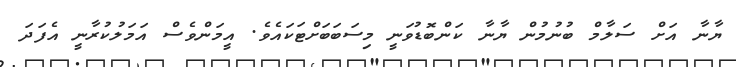
ޔާނާ އަށް ސަލާމް ބުނުމުން ޔާނާ ކަންބޮޑުވަނީ މިސަބަބަށްޓަކައެވެ. އީމަންވެސް އަމަލުކުރާނީ އެފަދަ